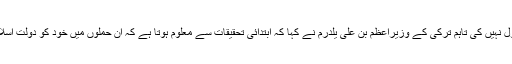
کسی تنظیم نے اس حملے کی ذمہ داری قبول نہیں کی تاہم ترکی کے وزیراعظم بن علی یلدرم نے کہا کہ ابتدائی تحقیقات سے معلوم ہوتا ہے کہ ان حملوں میں خود کو دولتِ اسلامیہ کہنے والی شدت پسند تنظیم ملوث ہے۔